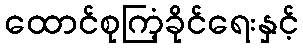
ထောင်စုကြံ့ခိုင်ရေးနှင့်